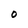
Character: O